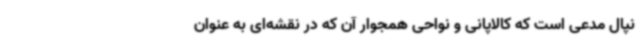
نپال مدعی است که کالاپانی و نواحی همجوار آن که در نقشه‌ای به عنوان